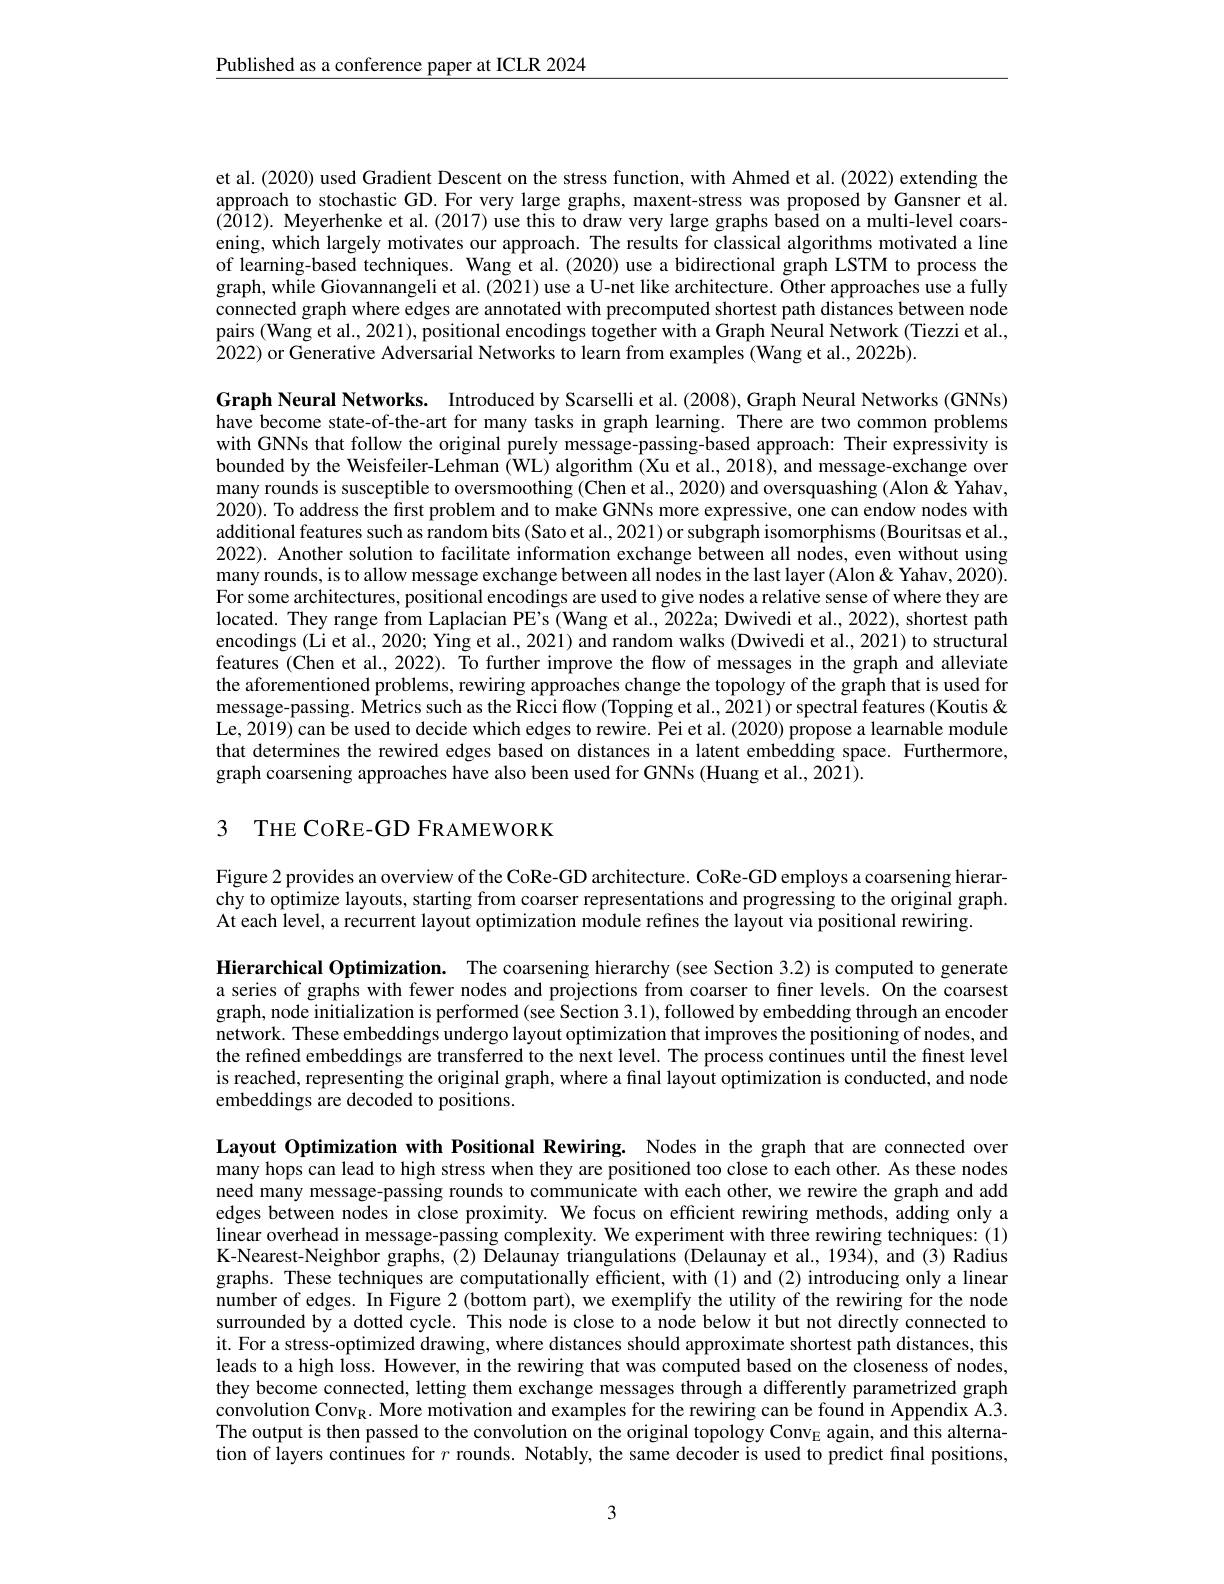
$\underline{\text{Published as a conference paper at ICLR 2024}}$

et al. (2020) used Gradient Descent on the stress function, with Ahmed et al. (2022) extending the approach to stochastic GD. For very large graphs, maxent-stress was proposed by Gansner et al. $(\bar{20}12).$ Meyerhenke et al.(2017) use this to draw very large graphs based on a multi-level coarsening, which largely motivates our approach. The results for classical algorithms motivated a line of learning-based techniques. Wang et al. (2020) use a bidirectional graph LSTM to process the graph, while Giovannangeli et al. (2021) use a U-net like architecture. Other approaches use a fully connected graph where edges are annotated with precomputed shortest path distances between node pairs (Wang et al., 2021), positional encodings together with a Graph Neural Network (Tiezzi et al., 2022) or Generative Adversarial Networks to learn from examples (Wang et al., 2022b).

Graph Neural Networks. Introduced by Scarselli et al.(2008), Graph Neural Networks (GNNs) have become state-of-the-art for many tasks in graph learning. There are two common problems with GNNs that follow the original purely message-passing-based approach: Their expressivity is bounded by the Weisfeiler-Lehman (WL) algorithm (Xu et al., 2018), and message-exchange over many rounds is susceptible to oversmoothing (Chen et al., 2020) and oversquashing (Alon&Yahav, 2020). To address the first problem and to make GNNs more expressive, one can endow nodes with additional features such as random bits (Sato et al., 2021) or subgraph isomorphisms (Bouritsas et al., 2022). Another solution to facilitate information exchange between all nodes, even without using $\begin{array}{c}\text{many rounds, is to allow message exchange between all nodes in the last layer (Alon < Yahav, 2020)}.\end{array}$ For some architectures, positional encodings are used to give nodes a relative sense of where they are located. They range from Laplacian PE's (Wang et al., 2022a; Dwivedi et al., 2022), shortest path encodings (Li et al., 2020; Ying et al., 2021) and random walks (Dwivedi et al., 2021) to structural features (Chen et al., 2022). To further improve the flow of messages in the graph and alleviate the aforementioned problems, rewiring approaches change the topology of the graph that is used for message-passing. Metrics such as the Ricci flow (Topping et al., 2021) or spectral features (Koutis & Le, 2019) can be used to decide which edges to rewire. Pei et al. (2020) propose a learnable module that determines the rewired edges based on distances in a latent embedding space. Furthermore, graph coarsening approaches have also been used for GNNs (Huang et al., 2021).

# 3 THE CORE-GD FRAMEWORK

Figure 2 provides an overview of the CoRe-GD architecture. CoRe-GD employs a coarsening hierarchy to optimize layouts, starting from coarser representations and progressing to the original graph. At each level, a recurrent layout optimization module refines the layout via positional rewiring.

Hierarchical Optimization. The coarsening hierarchy (see Section 3.2) is computed to generate a series of graphs with fewer nodes and projections from coarser to finer levels. On the coarsest graph, node initialization is performed (see Section 3.1), followed by embedding through an encoder network. These embeddings undergo layout optimization that improves the positioning of nodes, and the refined embeddings are transferred to the next level. The process continues until the finest level is reached, representing the original graph, where a fınal layout optimization is conducted, and node embeddings are decoded to positions.

Layout Optimization with Positional Rewiring. Nodes in the graph that are connected over many hops can lead to high stress when they are positioned too close to each other. As these nodes need many message-passing rounds to communicate with each other, we rewire the graph and add edges between nodes in close proximity. We focus on efficient rewiring methods, adding only a linear overhead in message-passing complexity. We experiment with three rewiring techniques: (1) K-Nearest-Neighbor graphs, (2) Delaunay triangulations (Delaunay et al., 1934), and (3) Radius graphs. These techniques are computationally efficient, with (1) and (2) introducing only a linear number of edges. In Figure 2 (bottom part), we exemplify the utility of the rewiring for the node surrounded by a dotted cycle. This node is close to a node below it but not directly connected to it. For a stress-optimized drawing, where distances should approximate shortest path distances, this leads to a high loss. However, in the rewiring that was computed based on the closeness of nodes, they become connected, letting them exchange messages through a differently parametrized graph convolution Conv$_{\mathrm{R}}.$ More motivation and examples for the rewiring can be found in Appendix A.3 The output is then passed to the convolution on the original topology Conv$_\mathrm{E}$ again, and this alternation of layers continues for $r$ rounds. Notably, the same decoder is used to predict final positions,

3